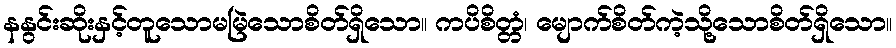
နနွင်းဆိုးနှင့်တူသောမမြဲသောစိတ်ရှိသော။ ကပိစိတ္တံ၊ မျောက်စိတ်ကဲ့သို့သောစိတ်ရှိသော။